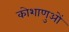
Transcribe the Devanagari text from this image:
कोशाणुओं